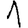
Digit: 1